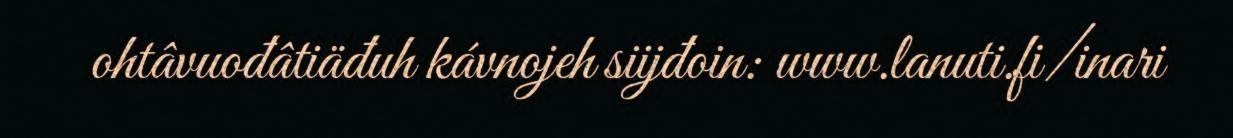
ohtâvuođâtiäđuh kávnojeh siijđoin: www.lanuti.fi/inari